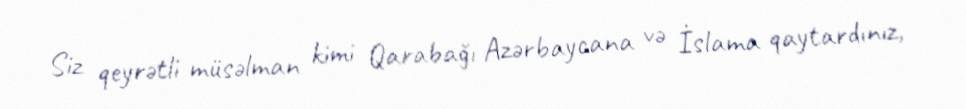
Siz qeyrətli müsəlman kimi Qarabağı Azərbaycana və İslama qaytardınız,